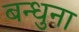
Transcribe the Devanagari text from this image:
बन्धुना